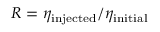
R = \eta _ { \mathrm { i n j e c t e d } } / \eta _ { \mathrm { i n i t i a l } }